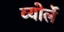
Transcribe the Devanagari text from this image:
व्योर्ले